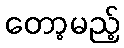
တော့မည့်